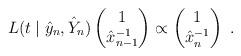
LaTeX: \begin{align*}L( t \mid \hat{y}_n , \hat{Y}_n) \begin{pmatrix} 1 \\ \hat{x}_{n-1}^{-1} \end{pmatrix} \propto \begin{pmatrix} 1 \\ \hat{x}_{n}^{-1} \end{pmatrix} \;. \end{align*}